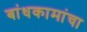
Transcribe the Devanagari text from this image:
बांधकामांचा